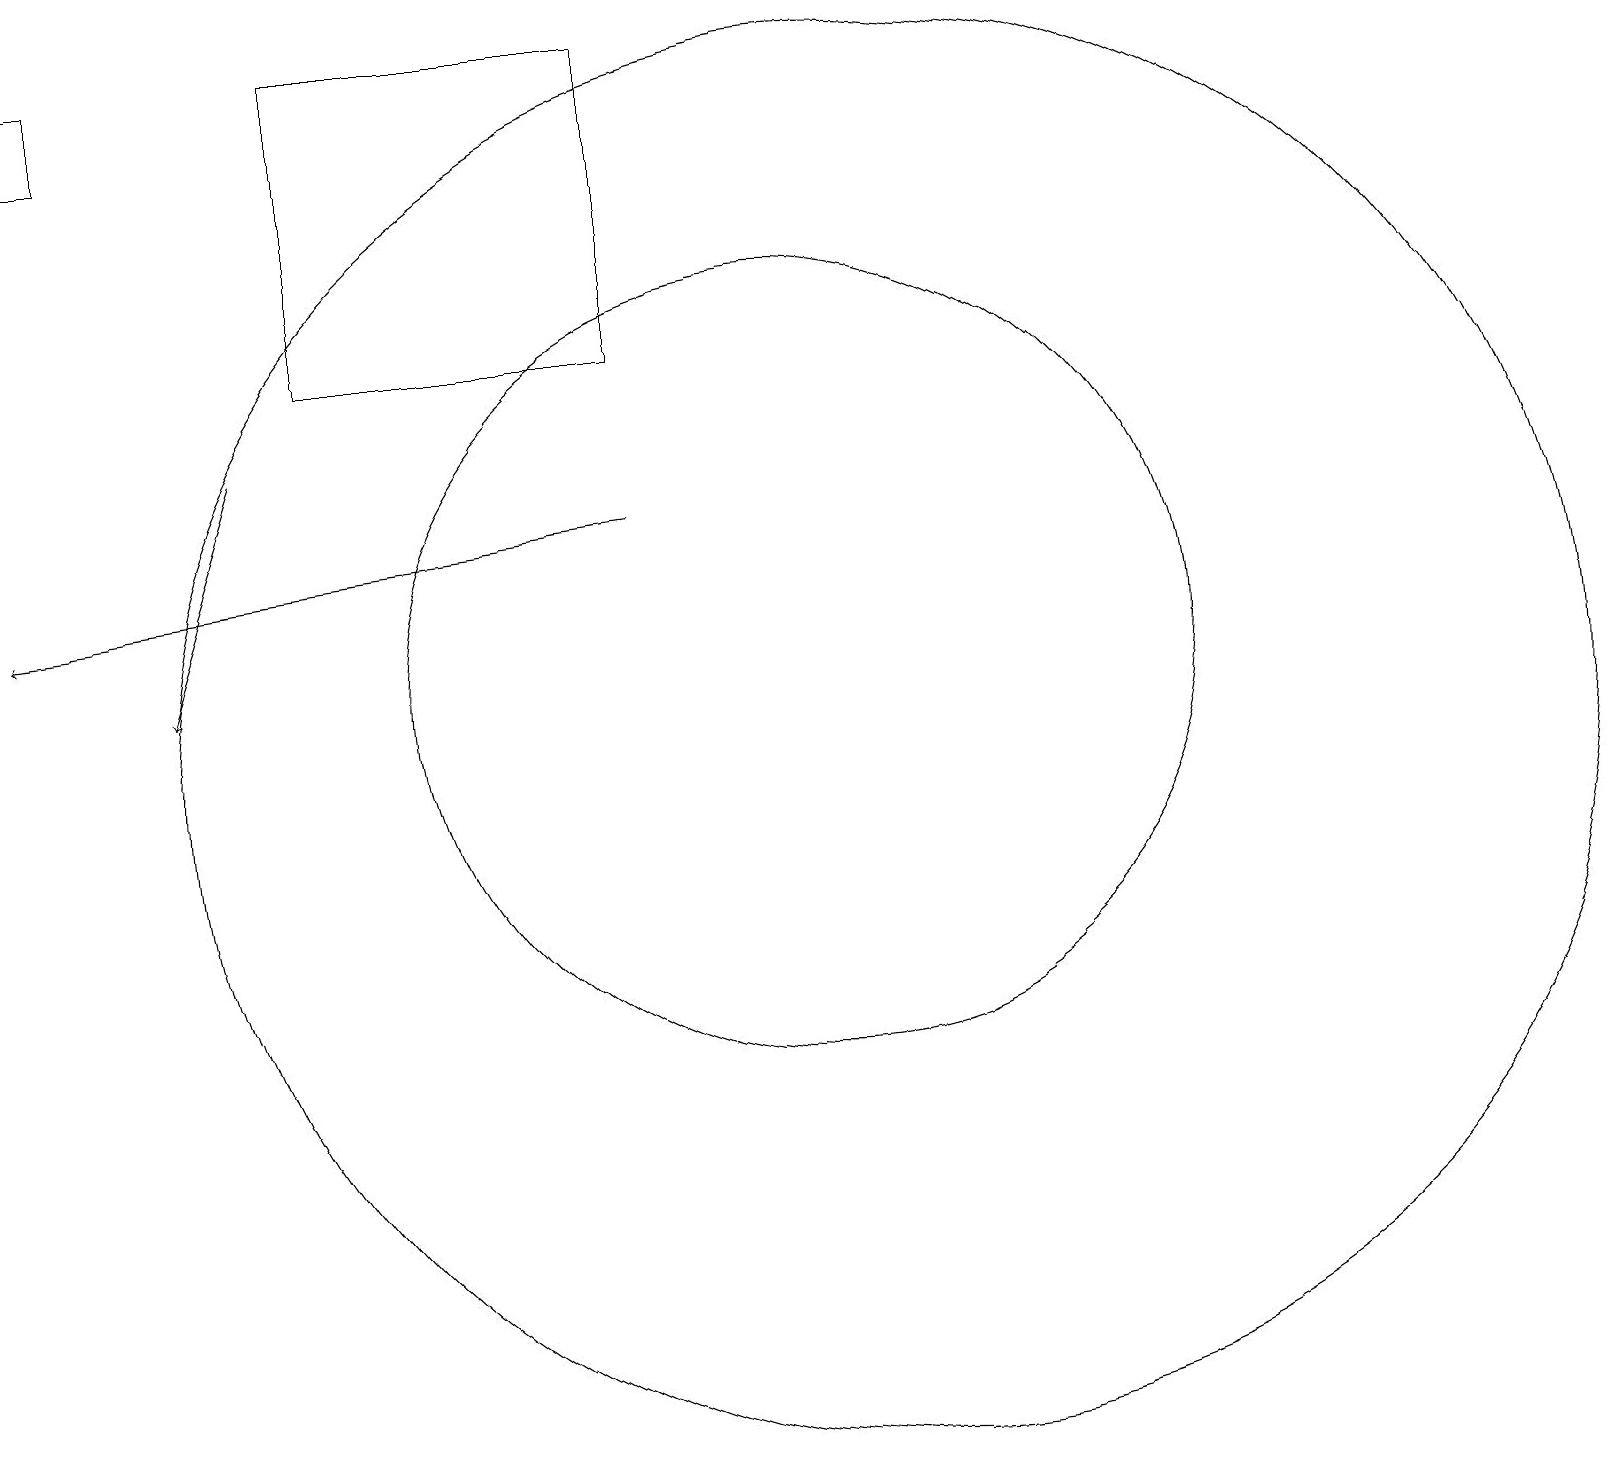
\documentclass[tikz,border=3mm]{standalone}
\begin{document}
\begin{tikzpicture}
\draw (4,15) rectangle (8,19);
\draw (11,10) circle (9);
\draw[->] (3,14) -- (2,11);
\draw[->] (8,13) -- (0,12);
\draw (10,11) circle (5);
\draw (0,19) rectangle (1,18);
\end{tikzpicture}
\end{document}